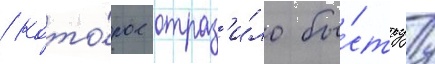
/ кото́рое отраз'и́ло бы́струу